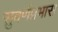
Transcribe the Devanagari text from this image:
सुवर्णप्रभास